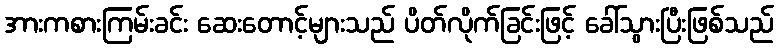
အားကစားကြမ်းခင်း ဆေးတောင့်များသည် ပိတ်လိုက်ခြင်းဖြင့် ခေါ်သွားပြီးဖြစ်သည်